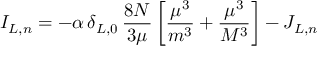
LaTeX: I _ { L , n } = - \alpha \, \delta _ { L , 0 } \, \frac { 8 N } { 3 \mu } \left[ \frac { \mu ^ { 3 } } { m ^ { 3 } } + \frac { \mu ^ { 3 } } { M ^ { 3 } } \right] - J _ { L , n }